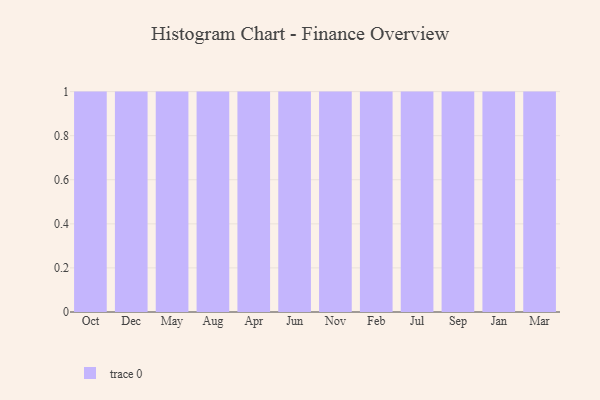
{"axis": {"x": "Month", "y": "Demand Index"}, "legend": [""], "data": [{"x": "Oct", "y": 62, "type": ""}, {"x": "Dec", "y": 54, "type": ""}, {"x": "May", "y": 9, "type": ""}, {"x": "Aug", "y": 100, "type": ""}, {"x": "Apr", "y": 35, "type": ""}, {"x": "Jun", "y": 94, "type": ""}, {"x": "Nov", "y": 49, "type": ""}, {"x": "Feb", "y": 40, "type": ""}, {"x": "Jul", "y": 15, "type": ""}, {"x": "Sep", "y": 83, "type": ""}, {"x": "Jan", "y": 9, "type": ""}, {"x": "Mar", "y": 53, "type": ""}]}